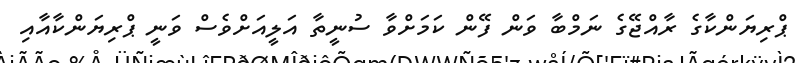
ޕްރިޔަންކާގެ ރާއްޖޭގެ ނަމްބާ ވަން ފޭން ކަމަށްވާ ސުނީތާ އަލީއަށްވެސް ވަނީ ޕްރިޔަންކާއާއި